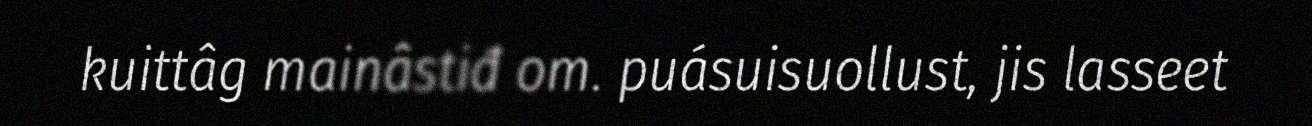
kuittâg mainâstiđ om. puásuisuollust, jis lasseet